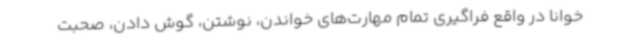
خوانا در واقع فراگیری تمام مهارت‌های خواندن، نوشتن، گوش دادن، صحبت